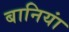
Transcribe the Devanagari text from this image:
बानियां